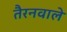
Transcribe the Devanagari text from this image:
तैरनवाले